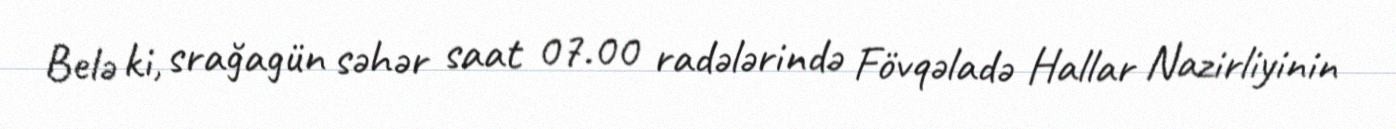
Belə ki, srağagün səhər saat 07.00 radələrində Fövqəladə Hallar Nazirliyinin